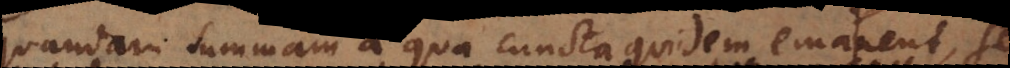
quandam summam a qua cuncta quidem emanent, sed